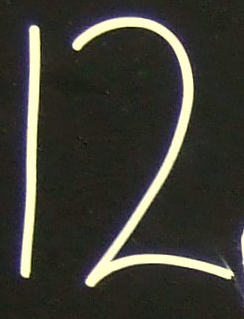
12